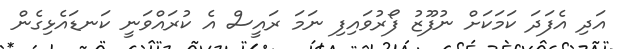
އަދި އެފަދަ ކަމަކަށް ނުފޫޒު ފޯރުވައިފި ނަމަ ރައީސް އެ ކުރައްވަނީ ކަނޑައެޅިގެން